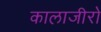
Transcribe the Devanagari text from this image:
कालाजीरो